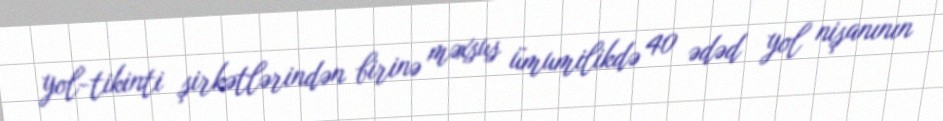
yol-tikinti şirkətlərindən birinə məxsus ümumilikdə 40 ədəd yol nişanının